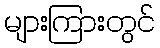
များကြားတွင်